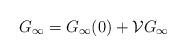
LaTeX: \begin{align*}G_\infty = G_\infty (0) + \mathcal{V} G_\infty\end{align*}